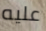
عليه